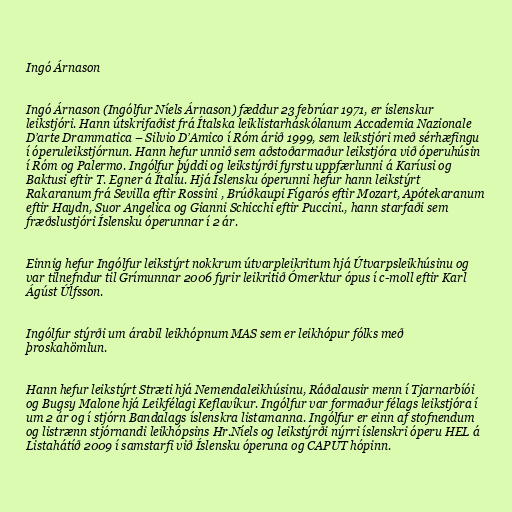
Ingó Árnason

Ingó Árnason (Ingólfur Níels Árnason) fæddur 23 febrúar 1971, er íslenskur
leikstjóri. Hann útskrifaðist frá Ítalska leiklistarháskólanum Accademia Nazionale
D’arte Drammatica – Silvio D’Amico í Róm árið 1999, sem leikstjóri með sérhæfingu
í óperuleikstjórnun. Hann hefur unnið sem aðstoðarmaður leikstjóra við óperuhúsin
í Róm og Palermo. Ingólfur þýddi og leikstýrði fyrstu uppfærlunni á Karíusi og
Baktusi eftir T. Egner á Ítalíu. Hjá Íslensku óperunni hefur hann leikstýrt
Rakaranum frá Sevilla eftir Rossini , Brúðkaupi Fígarós eftir Mozart, Apótekaranum
eftir Haydn, Suor Angelica og Gianni Schicchi eftir Puccini., hann starfaði sem
fræðslustjóri Íslensku óperunnar í 2 ár.

Einnig hefur Ingólfur leikstýrt nokkrum útvarpleikritum hjá Útvarpsleikhúsinu og
var tilnefndur til Grímunnar 2006 fyrir leikritið Ómerktur ópus í c-moll eftir Karl
Ágúst Úlfsson.

Ingólfur stýrði um árabil leikhópnum MAS sem er leikhópur fólks með
þroskahömlun.

Hann hefur leikstýrt Stræti hjá Nemendaleikhúsinu, Ráðalausir menn í Tjarnarbíói
og Bugsy Malone hjá Leikfélagi Keflavíkur. Ingólfur var formaður félags leikstjóra í
um 2 ár og í stjórn Bandalags íslenskra listamanna. Ingólfur er einn af stofnendum
og listrænn stjórnandi leikhópsins Hr.Níels og leikstýrði nýrri íslenskri óperu HEL á
Listahátíð 2009 í samstarfi við Íslensku óperuna og CAPUT hópinn.